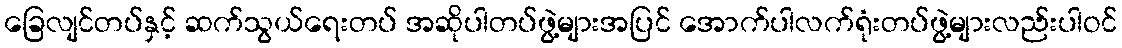
ခြေလျင်တပ်နှင့် ဆက်သွယ်ရေးတပ် အဆိုပါတပ်ဖွဲ့များအပြင် အောက်ပါလက်ရုံးတပ်ဖွဲ့များလည်းပါဝင်